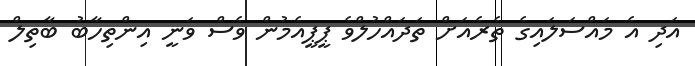
އަދި އެ މައްސަލައިގެ ތެރެއަށް ތަދައްހުލްވެ ޕީޕީއެމުން ވެސް ވަނީ އިންތިހާބު ބާތިލް